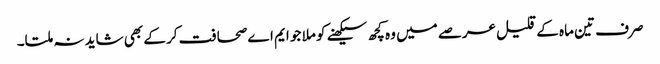
صرف تین ماہ کے قلیل عرصے میں وہ کچھ سیکھنے کو ملا جو ایم اے صحافت کر کے بھی شاید نہ ملتا۔